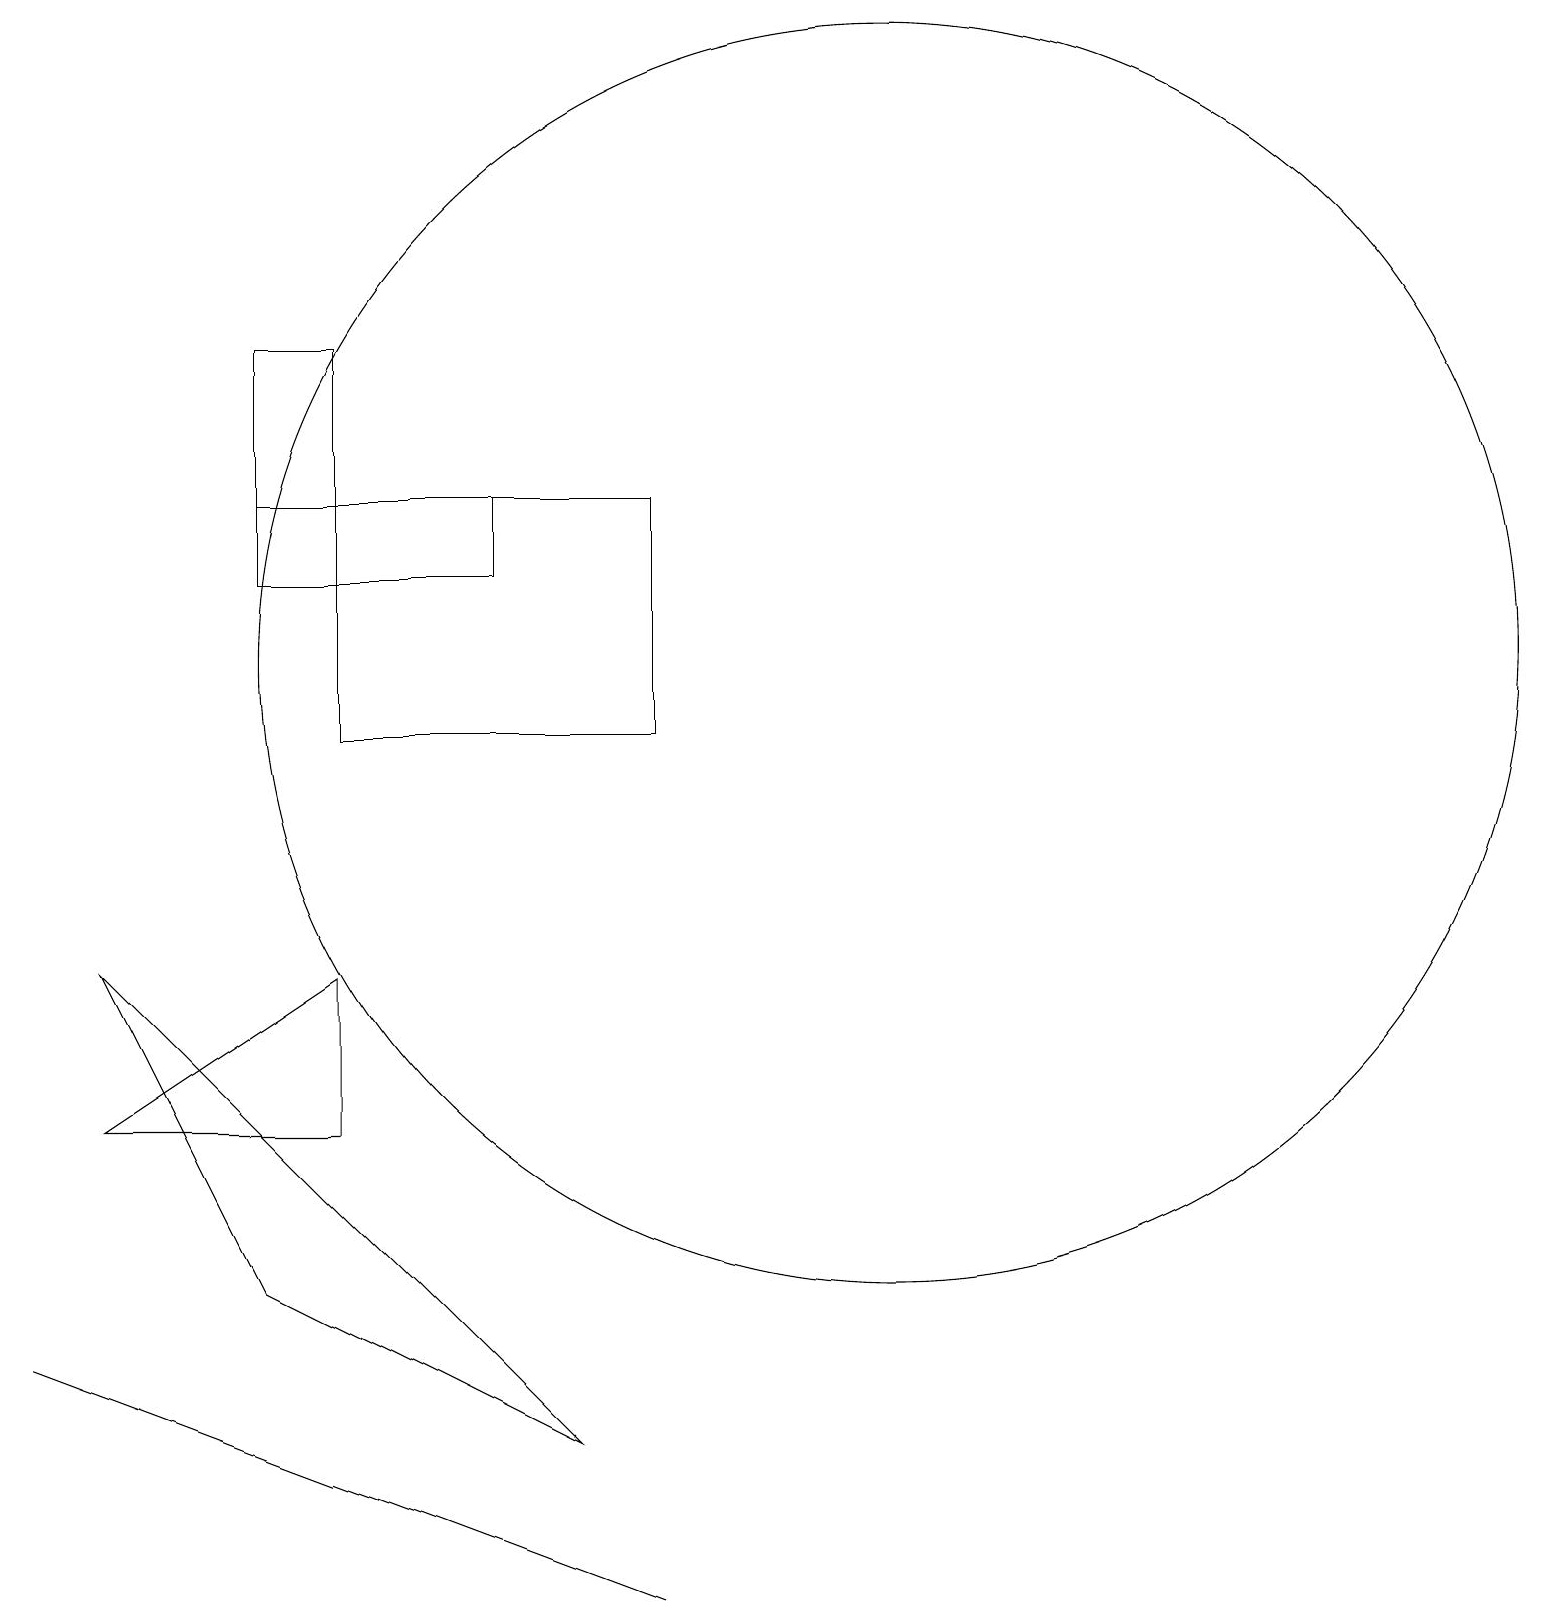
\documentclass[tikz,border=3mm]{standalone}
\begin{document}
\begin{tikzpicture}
\draw (3,16) rectangle (4,14);
\draw (4,8) -- (4,6) -- (1,6) -- cycle;
\draw (11,12) circle (8);
\draw (3,14) rectangle (6,13);
\draw (8,14) rectangle (4,11);
\draw (0,3) -- (8,0) -- (8,0) -- cycle;
\draw (3,4) -- (7,2) -- (1,8) -- cycle;
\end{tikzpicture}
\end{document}